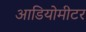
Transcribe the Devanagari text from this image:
आडियोमीटर